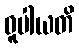
ဓူပါယတိ